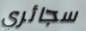
سجائري